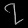
Digit: ၇